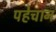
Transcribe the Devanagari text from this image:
पहेचान